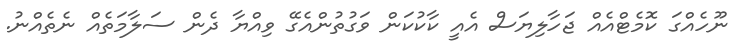
ނޫހެއްގަ ކޮމެޓްއެއް ޖަހާލިޔަސް އެއީ ކާކުކަން ވަގުތުންއެގޭ ވިއްޔާ ދެން ސަލާމަތެއް ނެތެއްނު.